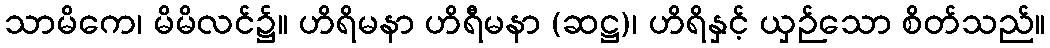
သာမိကေ၊ မိမိလင်၌။ ဟိရိမနာ ဟိရီမနာ (ဆဋ္ဌ)၊ ဟိရိနှင့် ယှဉ်သော စိတ်သည်။